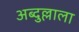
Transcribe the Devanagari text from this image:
अब्दुल्लाला